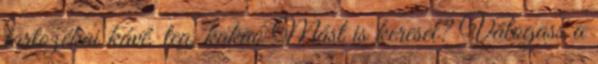
tartozékai kávé, tea, kakaó Mást is keresel? Válogass a